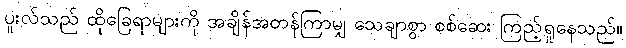
ပူးလ်သည် ထိုခြေရာများကို အချိန်အတန်ကြာမျှ သေချာစွာ စစ်ဆေး ကြည့်ရှုနေသည်။